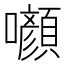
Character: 㘖